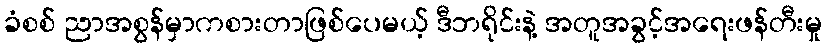
ခံစစ် ညာအစွန်မှာကစားတာဖြစ်ပေမယ့် ဒီဘရိုင်းနဲ့ အတူအခွင့်အရေးဖန်တီးမှု